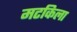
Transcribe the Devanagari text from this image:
मटकिला